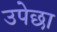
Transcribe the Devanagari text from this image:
उपेछा